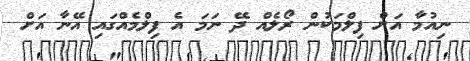
ނިއުމާ އަށް ފިލްމަކުން ރޯލެއް ދޭ ނަމަ އެ ފިލްމެއްގައި އޭނާ އަށް